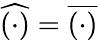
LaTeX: \widehat{(\cdot)}=\overline{{(\cdot)}}